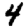
Digit: 4